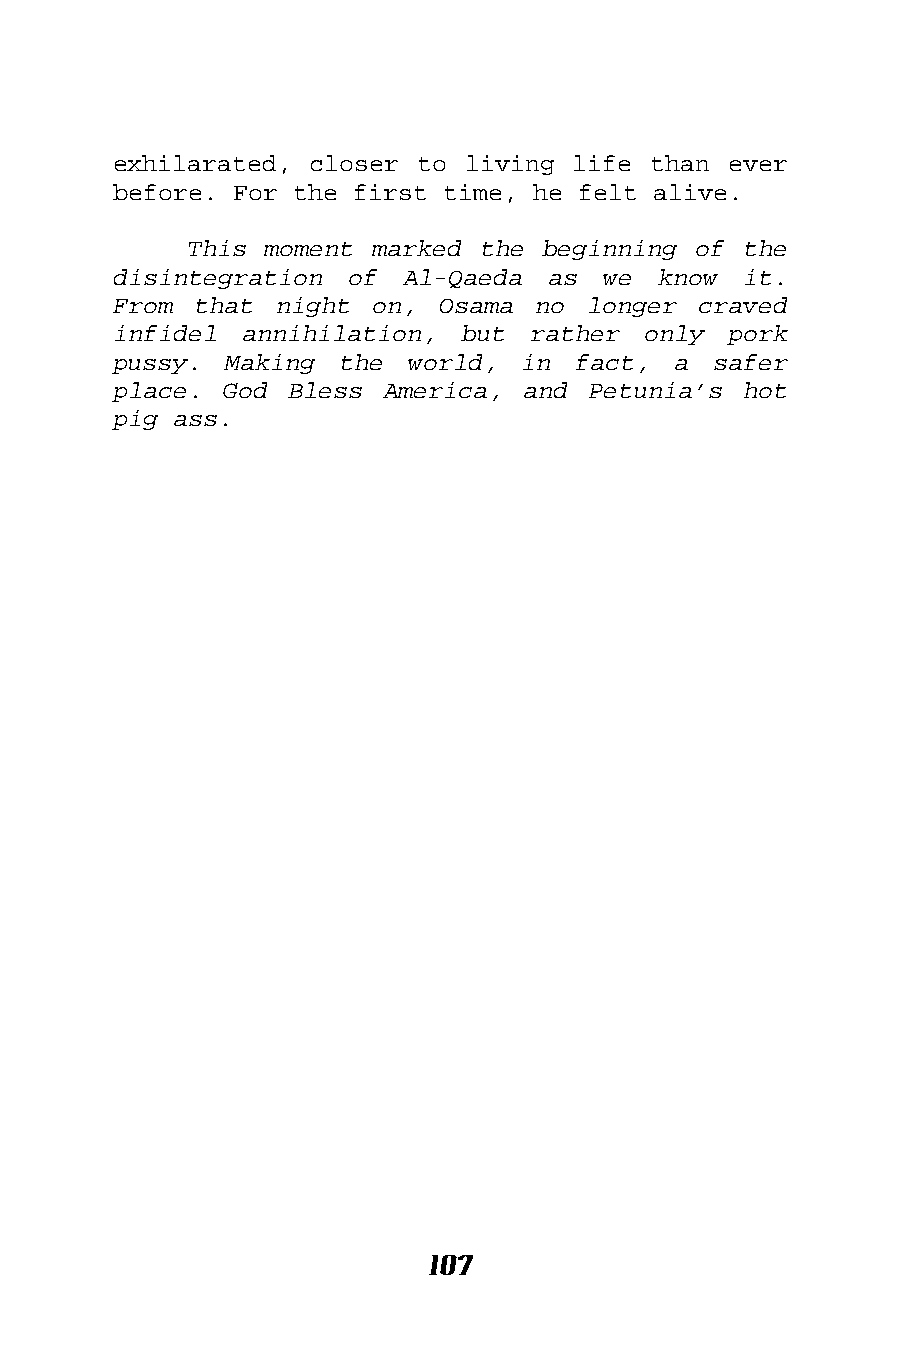
exhilarated, closer to living life than  ever
 before. For the first time, he felt alive.
 This moment marked the beginning of  the
 disintegration of  Al-Qaeda  as we  know  it.
 From that  night on, Osama  no longer  craved
 infidel annihilation,  but rather  only  pork
 pussy. Making  the world,  in  fact, a  safer
 place. God Bless  America, and Petunia’s  hot
 pig ass.
 107